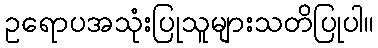
ဥရောပအသုံးပြုသူများသတိပြုပါ။